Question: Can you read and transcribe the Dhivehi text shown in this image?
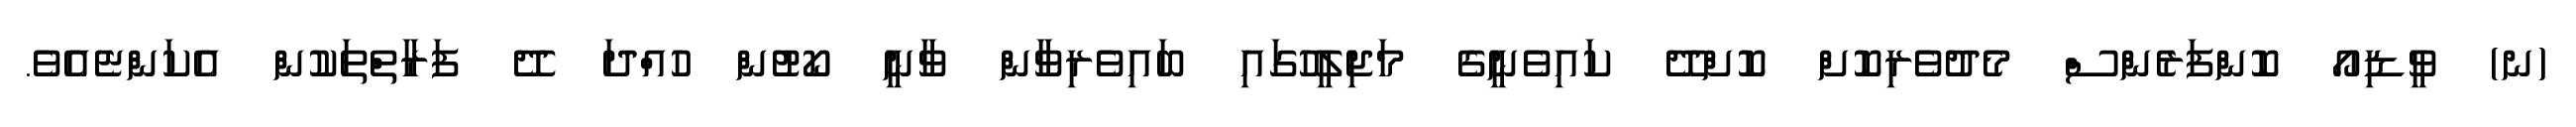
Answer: (ނ) ވީޑިއޯ ކޮންފަރެންސް މެދުވެރިކޮށް ކޮށްދޭ ކައިވެނީގެ މަޖިލީހުގައި ބައިވެރިވާން ވާނީ ކޯޓުން ހުއްދަ ދޭ ފަރާތްތަކުން އެކަންޏެއެވެ.